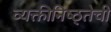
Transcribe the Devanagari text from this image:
व्यक्तीनिष्ठ्तेची